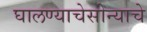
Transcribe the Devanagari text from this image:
घालण्याचेसोन्याचे